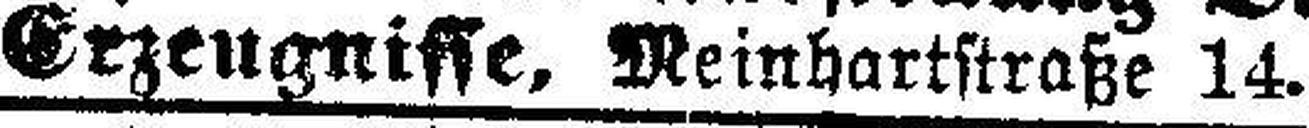
Erzeugnisse, Meinhartstraße 14.